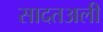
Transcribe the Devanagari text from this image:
सादतअली